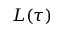
L ( \tau )